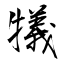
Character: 犠